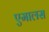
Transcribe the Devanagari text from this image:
एमालस